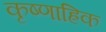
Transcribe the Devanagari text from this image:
कृष्णाह्रिक